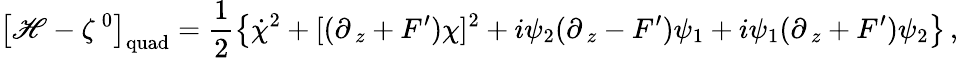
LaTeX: \left[{\cal\mathscr{H}}-\zeta^{\, 0}\right]_{\mathrm{{quad}}}=\frac{{1}}{{2}}\left\{ \dot{{\chi}}^{2}+[(\partial_{\, z}+F^{\prime})\chi]^{2}+i\psi_{2}(\partial_{\, z}-F^{\prime})\psi_{1}+i\psi_{1}(\partial_{\, z}+F^{\prime})\psi_{2}\right\} \, ,